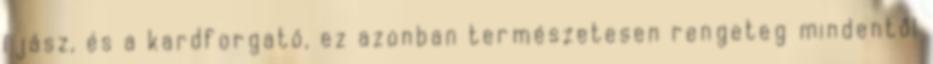
íjász, és a kardforgató, ez azonban természetesen rengeteg mindentől